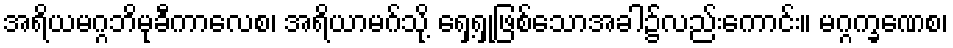
အရိယမဂ္ဂဘိမုခီကာလေစ၊ အရိယာမဂ်သို့ ရှေ့ရှုဖြစ်သောအခါ၌လည်းကောင်း။ မဂ္ဂက္ခဏေစ၊